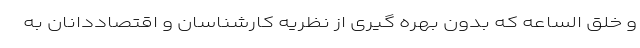
و خلق الساعه که بدون بهره گیری از نظریه کارشناسان و اقتصاددانان به